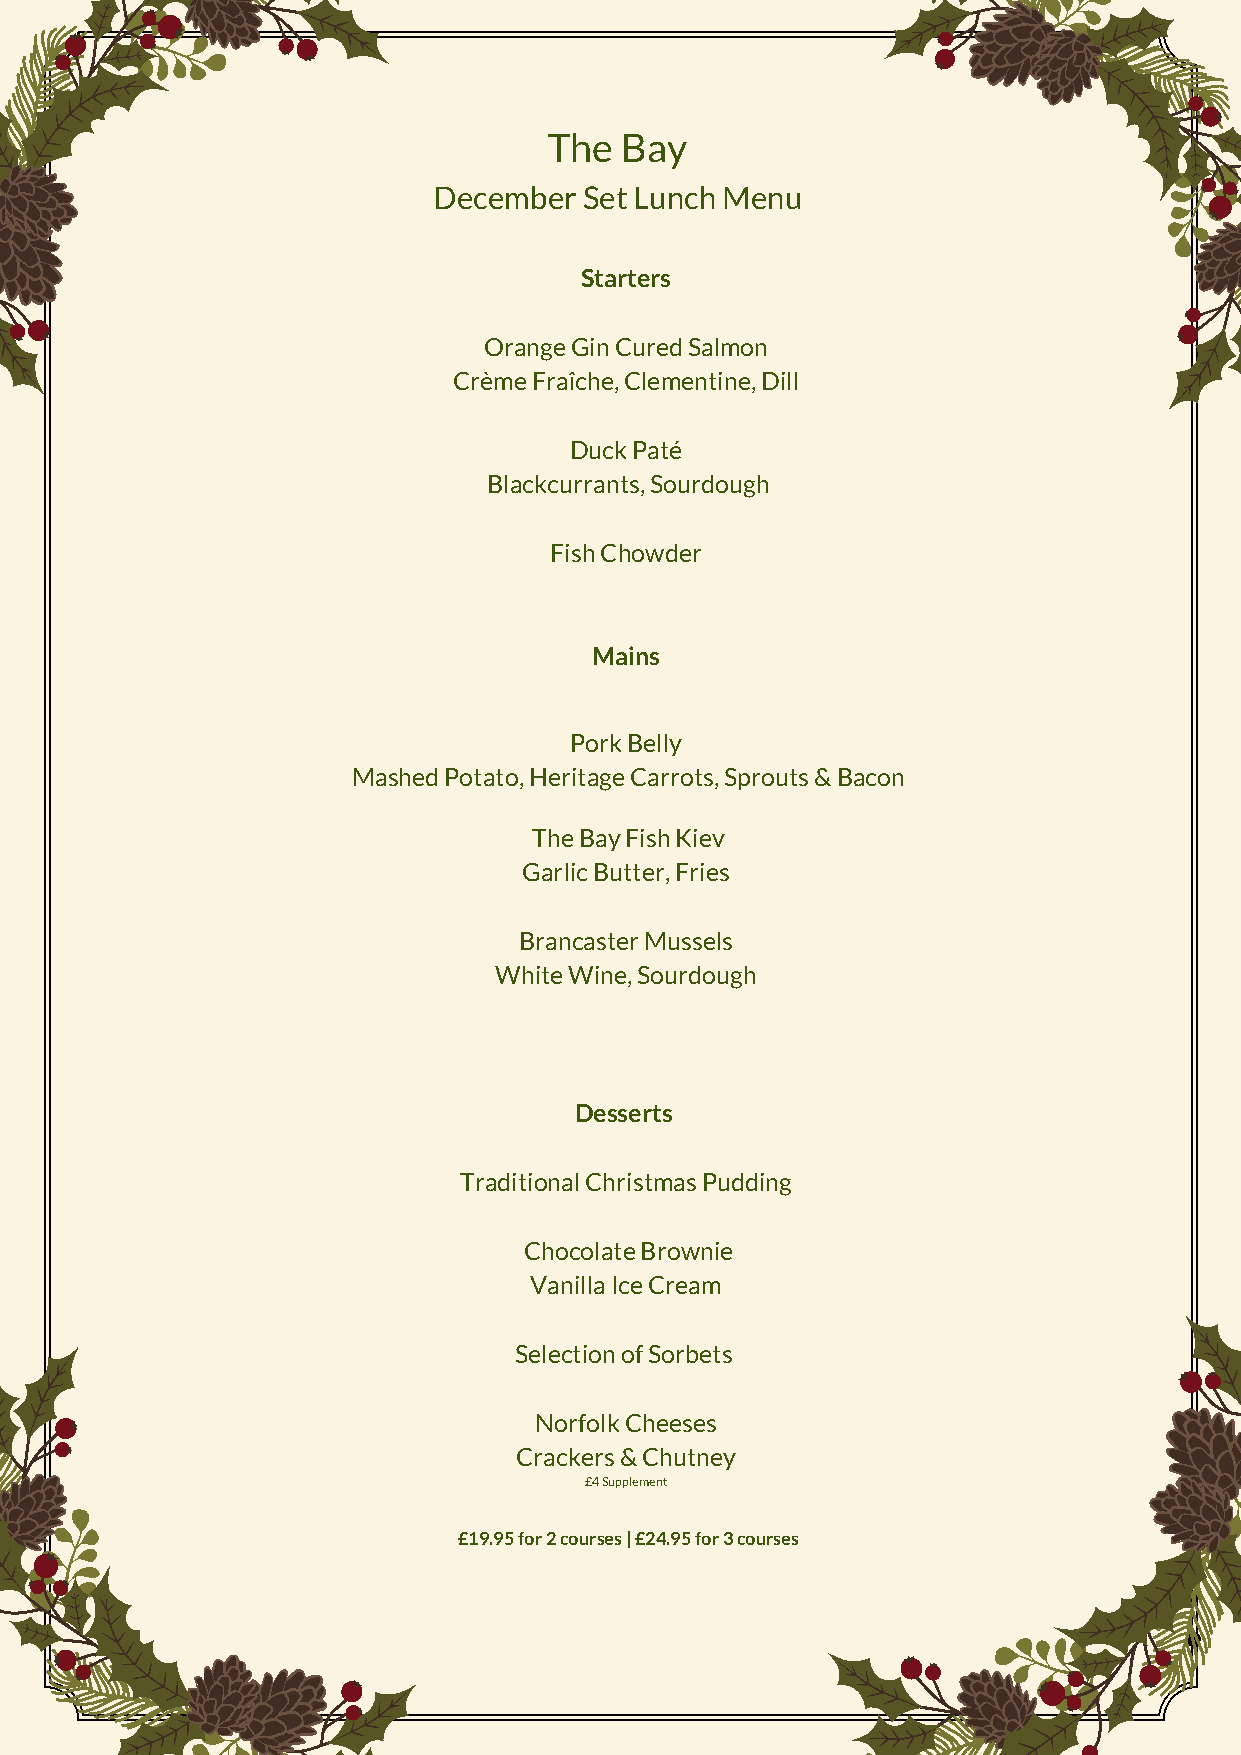
The  Bay
 December  Set Lunch Menu
 Starters
 Orange Gin Cured Salmon
 Crème Fraîche, Clementine, Dill
 Duck Paté
 Blackcurrants, Sourdough
 Fish Chowder
 Mains
 Pork Belly
 Mashed Potato, Heritage C arrots, Sprouts & Bacon
 The Bay Fish Kiev
 Garlic Butter, Fries
 Brancaster Mussels
 White Wine, Sourdough
 Desserts
 Traditional Christmas Pudding
 Chocolate Brownie
 Vanilla Ice Cream
 Selection of Sorbets
 Norfolk Cheeses
 Crackers & Chutney
 £4 Supplement
 £19.95 for 2 courses | £24.95 for 3 courses